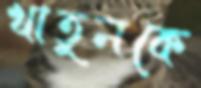
খাতুনকে